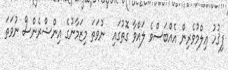
ފިޤުހު ޢިލްމުވެރިން އެއްބަސްވެ ލައްވާ ގޮތުގައި  ނުވަތަ މިޒަމާނުގެ އިންޝްރެންސް ނުވަތަ